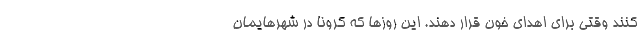
کنند وقتی برای اهدای خون قرار دهند. این روزها که کرونا در شهرهایمان